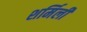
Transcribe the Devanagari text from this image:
शर्मिली